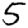
Digit: 5